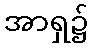
အာရှ၌